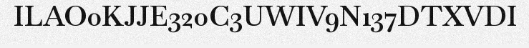
ILAO0KJJE320C3UWIV9N137DTXVDI